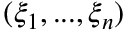
( \xi _ { 1 } , . . . , \xi _ { n } )